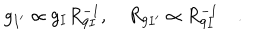
LaTeX: g _ { I ^ { \prime } } \propto g _ { I } R _ { 9 I } ^ { - 1 } , \quad R _ { 9 I ^ { \prime } } \propto R _ { 9 I } ^ { - 1 } \quad .